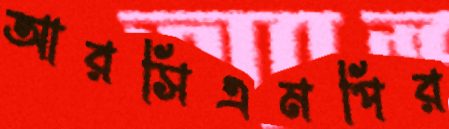
আরসিএমপির